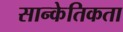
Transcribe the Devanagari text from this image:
सान्केतिकता